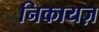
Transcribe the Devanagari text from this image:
निकायज़